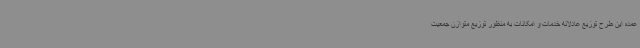
عمده این طرح توزیع عادلانه خدمات و امکانات به منظور توزیع متوازن جمعیت